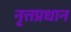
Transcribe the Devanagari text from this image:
नृत्तप्रधान